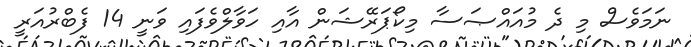
ނަމަވެސް މި ދެ މުއައްޞަސާ މިކޯޕަރޭޝަން އާއި ހަވާލްވެފައި ވަނީ 14 ފެބްރުއަރީ